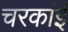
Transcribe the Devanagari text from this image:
चरकांई